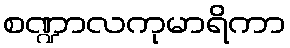
စဏ္ဍာလကုမာရိကာ